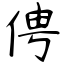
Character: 俜